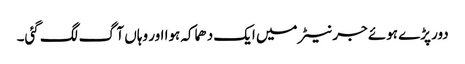
دور پڑے ہوئے جرنیٹر میں ایک دھماکہ ہوا اور وہاں آگ لگ گئی۔